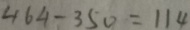
4 6 4 - 3 5 0 = 1 1 4